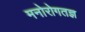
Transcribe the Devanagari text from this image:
मनोरोगतज्ञ